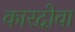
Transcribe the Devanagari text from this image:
कारदोवा